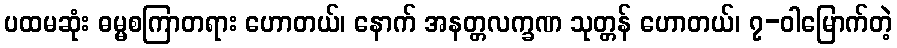
ပထမဆုံး ဓမ္မစကြာတရား ဟောတယ်၊ နောက် အနတ္တလက္ခဏ သုတ္တန် ဟောတယ်၊ ၇-ဝါမြောက်တဲ့